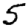
Digit: 5